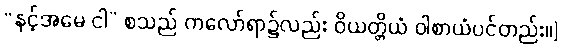
“နင့်အမေ ငါ” စသည် ကလော်ရာ၌လည်း ဝိယတ္တိယံ ဝါစာယံပင်တည်း။]